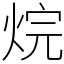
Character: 烷